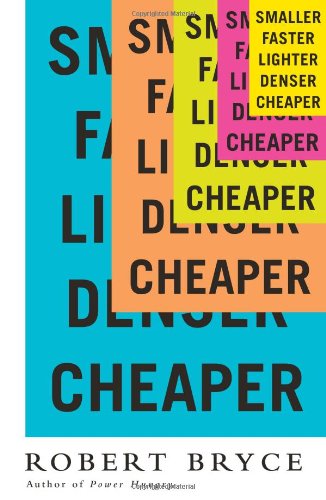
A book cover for Smaller Faster Lighter Denser Cheaper: How Innovation Keeps Proving the Catastrophists Wrong; Robert Bryce; Science & Math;